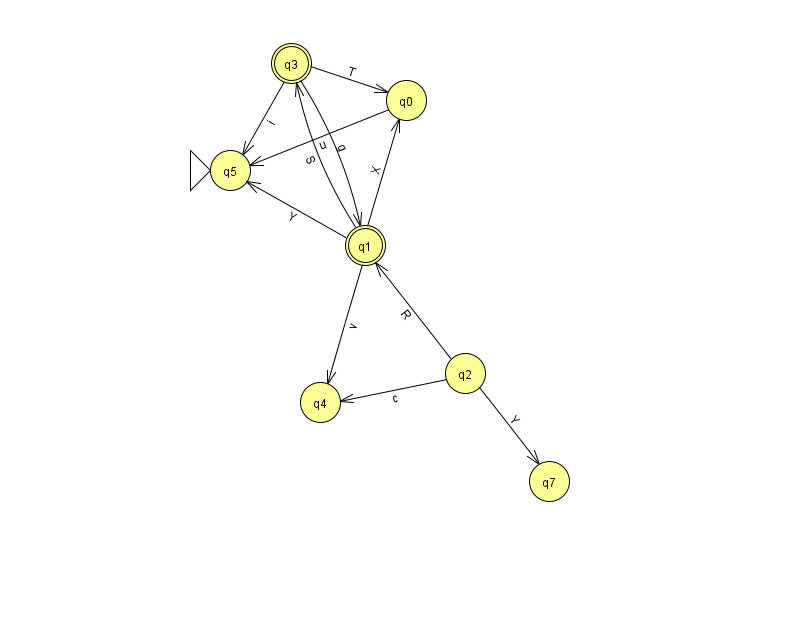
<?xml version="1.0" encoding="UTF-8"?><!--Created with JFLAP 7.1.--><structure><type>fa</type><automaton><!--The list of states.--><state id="0" name="q0"><x>406.0</x><y>87.0</y></state><state id="1" name="q1"><x>365.0</x><y>232.0</y><final/></state><state id="2" name="q2"><x>465.0</x><y>360.0</y></state><state id="3" name="q3"><x>291.0</x><y>50.0</y><final/></state><state id="4" name="q4"><x>320.0</x><y>389.0</y></state><state id="5" name="q5"><x>230.0</x><y>157.0</y><initial/></state><state id="7" name="q7"><x>549.0</x><y>468.0</y></state><!--The list of transitions.--><transition><from>1</from><to>5</to><read>Y</read></transition><transition><from>3</from><to>1</to><read>g</read></transition><transition><from>0</from><to>5</to><read>u</read></transition><transition><from>1</from><to>0</to><read>X</read></transition><transition><from>1</from><to>3</to><read>S</read></transition><transition><from>2</from><to>1</to><read>R</read></transition><transition><from>3</from><to>5</to><read>i</read></transition><transition><from>2</from><to>7</to><read>Y</read></transition><transition><from>3</from><to>0</to><read>T</read></transition><transition><from>2</from><to>4</to><read>c</read></transition><transition><from>1</from><to>4</to><read>v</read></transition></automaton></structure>